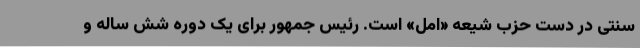
سنتی در دست حزب شیعه «امل» است. رئیس جمهور برای یک دوره شش ساله‌ و